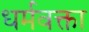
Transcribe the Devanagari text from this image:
धर्मवक्ता